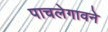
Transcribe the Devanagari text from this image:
पाचलेगावने